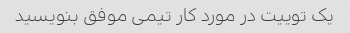
یک توییت در مورد کار تیمی موفق بنویسید